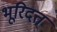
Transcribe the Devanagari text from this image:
भूरिदत्त